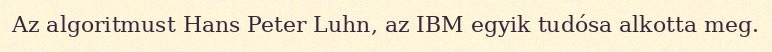
Az algoritmust Hans Peter Luhn, az IBM egyik tudósa alkotta meg.